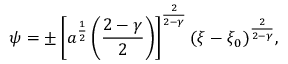
\psi = \pm \left[ a ^ { \frac { 1 } { 2 } } \left( { \frac { 2 - \gamma } { 2 } } \right) \right] ^ { \frac { 2 } { 2 - \gamma } } ( \xi - \xi _ { 0 } ) ^ { \frac { 2 } { 2 - \gamma } } ,